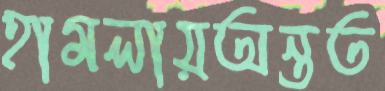
হামলায়অন্তত